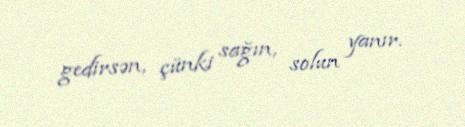
gedirsən, çünki sağın, solun yanır.